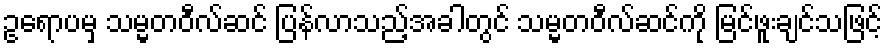
ဥရောပမှ သမ္မတဝီလ်ဆင် ပြန်လာသည့်အခါတွင် သမ္မတဝီလ်ဆင်ကို မြင်ဖူးချင်သဖြင့်